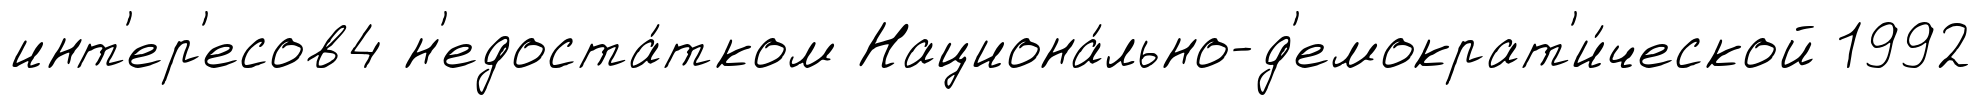
инт'ер'есов4 н'едоста́тком Национа́льно-д'емократ'и́ческой 1992